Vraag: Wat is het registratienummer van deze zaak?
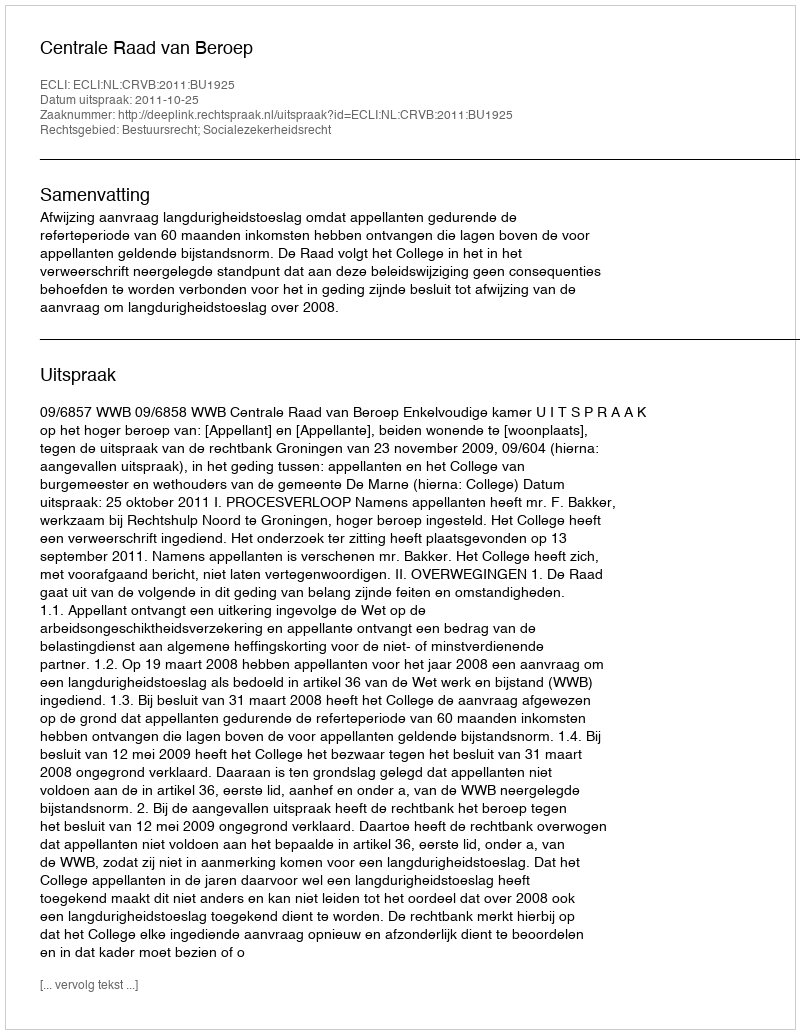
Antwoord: http://deeplink.rechtspraak.nl/uitspraak?id=ECLI:NL:CRVB:2011:BU1925